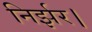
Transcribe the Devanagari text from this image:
निर्झर।